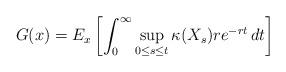
LaTeX: \begin{align*}G(x)=E_x\left[\int_0^{\infty}\sup_{0\leq s \leq t}\kappa(X_s) re^{-rt}\,dt \right] \end{align*}